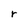
Character: r